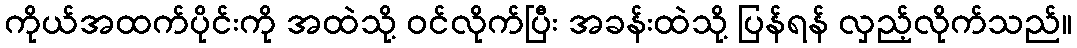
ကိုယ်အထက်ပိုင်းကို အထဲသို့ ဝင်လိုက်ပြီး အခန်းထဲသို့ ပြန်ရန် လှည့်လိုက်သည်။